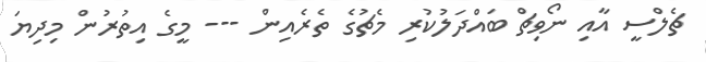
ޗެލްސީ އާއި ނޯވިޗް ބައްދަލުކުރި މެޗުގެ ތެރެއިން --- މީގެ އިތުރުން މިދިޔަ